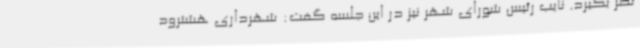
نظر بگیرد. نایب رئیس شورای شهر نیز در این جلسه گفت: شهرداری هشترود